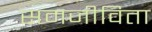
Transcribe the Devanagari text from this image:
समजीविता